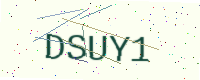
Text: DSUY1